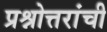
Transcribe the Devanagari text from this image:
प्रश्नोत्तरांची